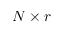
N \times r